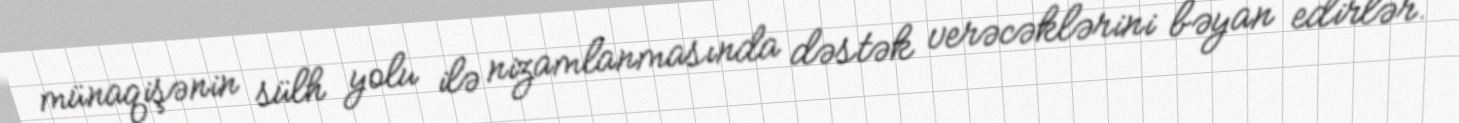
münaqişənin sülh yolu ilə nizamlanmasında dəstək verəcəklərini bəyan edirlər.